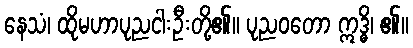
နေသံ၊ ထိုမဟာပုညငါးဦးတို့၏။ ပုညဝတော ဣဒ္ဓိ၊ ၏။